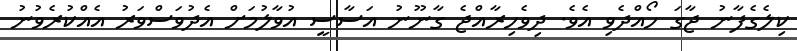
ކިލެގެފާނު ޖާގަ ހޯއްދެވި އެވެ. ދިވެހިރާއްޖެ ގާނޫނު އަސާސީ އުވާލުމަށް އެދުވަސްވަރު އެއްކުރެވުނު